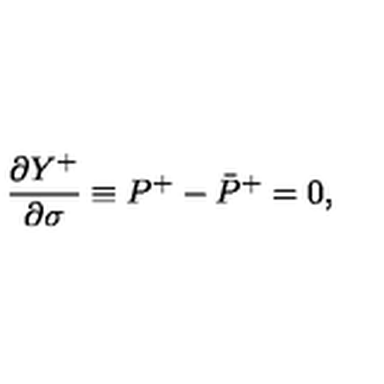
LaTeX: \frac { \partial Y ^ { + } } { \partial \sigma } \equiv P ^ { + } - \bar { P } ^ { + } = 0 ,